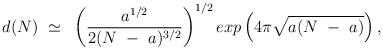
LaTeX: \begin{align*}d(N) ~\simeq~ \left( \frac{a^{1/2}}{2(N~-~a)^{3/2}}\right)^{1/2} exp \left( 4 \pi {\sqrt{a (N~-~a)}} \right),\end{align*}